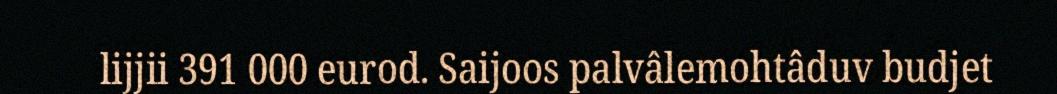
lijjii 391 000 eurod. Saijoos palvâlemohtâduv budjet